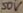
Text: 50V